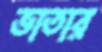
ভাতার